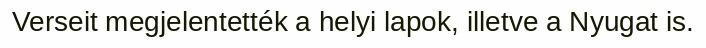
Verseit megjelentették a helyi lapok, illetve a Nyugat is.